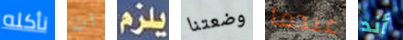
نأكله ان يلزم وضعتنا عندما أند